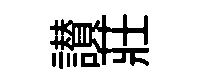
讃莊